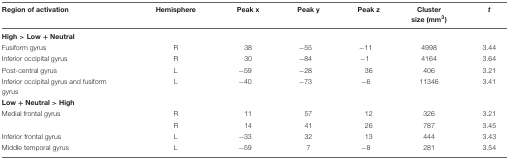
<table><thead><tr><td><b>Region of activation</b></td><td><b>Hemisphere</b></td><td><b>Peak x</b></td><td><b>Peak y</b></td><td><b>Peak z</b></td><td><b>Cluster size (mm<sup>3</sup>)</b></td><td><b><i>t</i></b></td></tr></thead><tbody><tr><td colspan="7"><b>High &gt; Low + Neutral</b></td></tr><tr><td>Fusiform gyrus</td><td>R</td><td>38</td><td>-55</td><td>-11</td><td>4998</td><td>3.44</td></tr><tr><td>Inferior occipital gyrus</td><td>R</td><td>30</td><td>-84</td><td>-1</td><td>4164</td><td>3.64</td></tr><tr><td>Post-central gyrus</td><td>L</td><td>-59</td><td>-28</td><td>36</td><td>406</td><td>3.21</td></tr><tr><td>Inferior occipital gyrus and fusiform gyrus</td><td>L</td><td>-40</td><td>-73</td><td>-6</td><td>11346</td><td>3.41</td></tr><tr><td colspan="7"><b>Low + Neutral &gt; High</b></td></tr><tr><td>Medial frontal gyrus</td><td>R</td><td>11</td><td>57</td><td>12</td><td>326</td><td>3.21</td></tr><tr><td></td><td>R</td><td>14</td><td>41</td><td>26</td><td>787</td><td>3.45</td></tr><tr><td>Inferior frontal gyrus</td><td>L</td><td>-33</td><td>32</td><td>13</td><td>444</td><td>3.43</td></tr><tr><td>Middle temporal gyrus</td><td>L</td><td>-59</td><td>7</td><td>-8</td><td>281</td><td>3.54</td></tr></tbody></table>